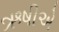
ઋષીએ